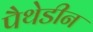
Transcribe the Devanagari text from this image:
पैथेडीन